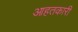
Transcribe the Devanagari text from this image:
आहतकारी